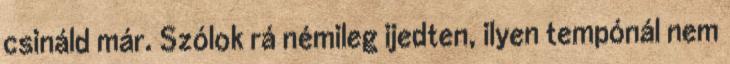
csináld már. Szólok rá némileg ijedten, ilyen tempónál nem